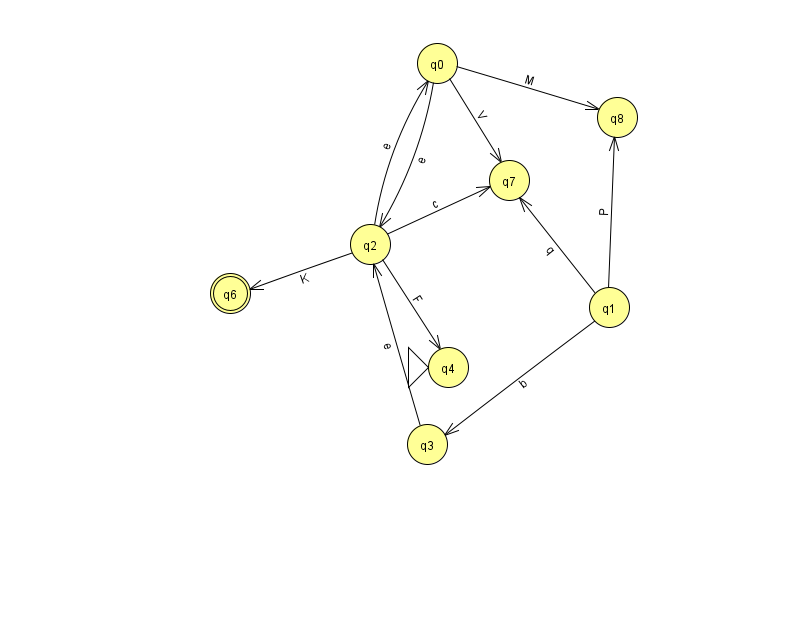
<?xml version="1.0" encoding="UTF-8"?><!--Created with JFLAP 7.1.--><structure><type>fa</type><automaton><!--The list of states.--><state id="0" name="q0"><x>437.0</x><y>50.0</y></state><state id="1" name="q1"><x>609.0</x><y>294.0</y></state><state id="2" name="q2"><x>370.0</x><y>231.0</y></state><state id="3" name="q3"><x>427.0</x><y>431.0</y></state><state id="4" name="q4"><x>448.0</x><y>354.0</y><initial/></state><state id="6" name="q6"><x>230.0</x><y>280.0</y><final/></state><state id="7" name="q7"><x>509.0</x><y>167.0</y></state><state id="8" name="q8"><x>617.0</x><y>104.0</y></state><!--The list of transitions.--><transition><from>2</from><to>7</to><read>c</read></transition><transition><from>0</from><to>2</to><read>e</read></transition><transition><from>0</from><to>7</to><read>V</read></transition><transition><from>2</from><to>0</to><read>e</read></transition><transition><from>2</from><to>6</to><read>K</read></transition><transition><from>3</from><to>2</to><read>e</read></transition><transition><from>1</from><to>7</to><read>q</read></transition><transition><from>2</from><to>4</to><read>F</read></transition><transition><from>0</from><to>8</to><read>M</read></transition><transition><from>1</from><to>3</to><read>b</read></transition><transition><from>1</from><to>8</to><read>P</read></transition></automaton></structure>